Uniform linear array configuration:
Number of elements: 16
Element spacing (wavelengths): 0.5
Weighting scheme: kaiser
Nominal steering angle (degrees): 15
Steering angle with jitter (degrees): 14.498
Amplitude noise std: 0.05
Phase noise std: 0.05

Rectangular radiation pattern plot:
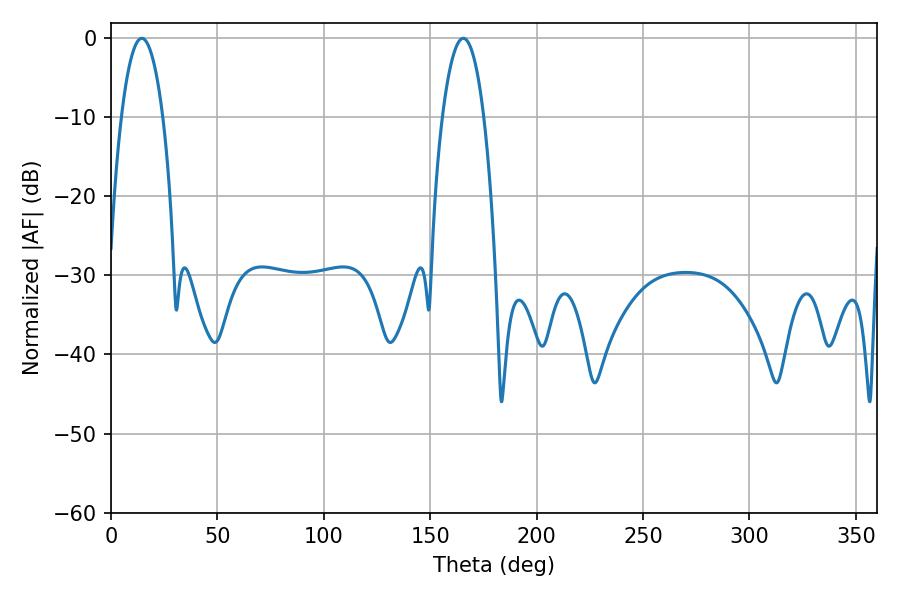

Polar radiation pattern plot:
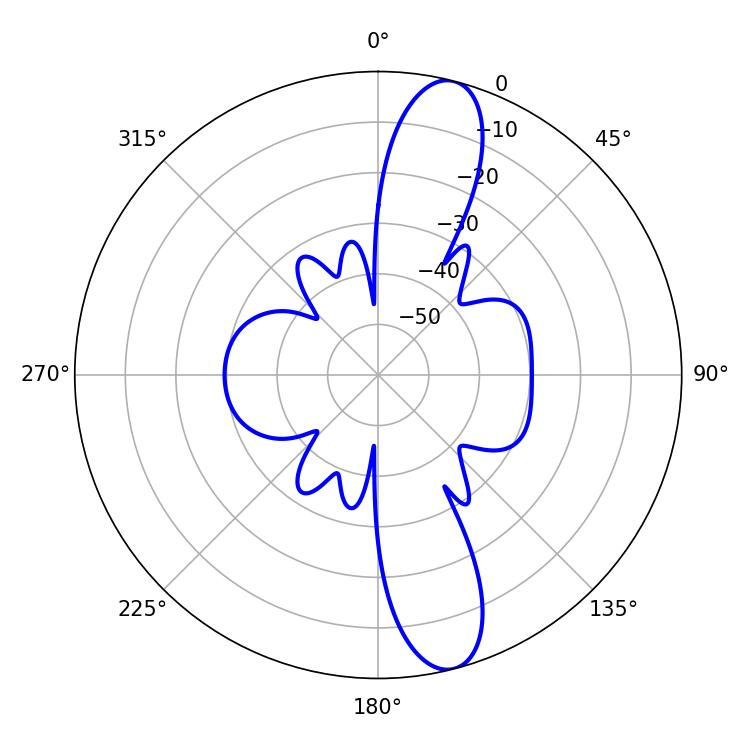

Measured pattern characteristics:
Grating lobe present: FALSE
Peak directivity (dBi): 12.955
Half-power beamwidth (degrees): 10.8
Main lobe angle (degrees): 14.4